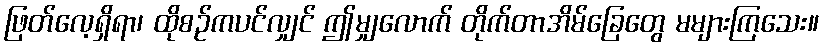
ဖြတ်လေ့ရှိရာ၊ ထိုစဉ်ကပင်လျှင် ဤမျှလောက် တိုက်တာအိမ်ခြေတွေ မများကြသေး။